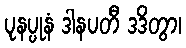
ပုနပ္ပုနံ ဒါနပတီ ဒဒိတွာ၊